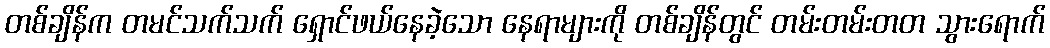
တစ်ချိန်က တမင်သက်သက် ရှောင်ဖယ်နေခဲ့သော နေရာများကို တစ်ချိန်တွင် တမ်းတမ်းတတ သွားရောက်